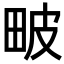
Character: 𤱍